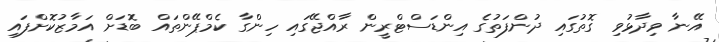
އޭނާ ވިދާޅުވި ގޮތުގައި ދުންފަތުގެ އިންޑަސްޓްރީން ރާއްޖޭގައި ހިންގާ ކެމްޕޭންތައް ބޮޑަށް އަމާޒުކޮށްފައި